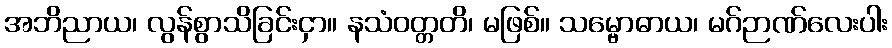
အဘိညာယ၊ လွန်စွာသိခြင်းငှာ။ နသံဝတ္တတိ၊ မဖြစ်။ သမ္ဗောဓာယ၊ မဂ်ဉာဏ်လေးပါး